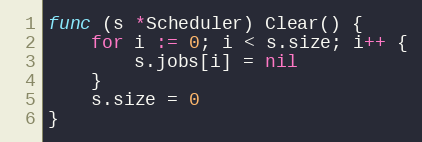
Language: Go
func (s *Scheduler) Clear() {
	for i := 0; i < s.size; i++ {
		s.jobs[i] = nil
	}
	s.size = 0
}